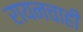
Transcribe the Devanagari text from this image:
रायनचाही